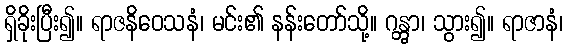
ရှိခိုးပြီး၍။ ရာဇနိဝေသနံ၊ မင်း၏ နန်းတော်သို့။ ဂန္တွာ၊ သွား၍။ ရာဇာနံ၊